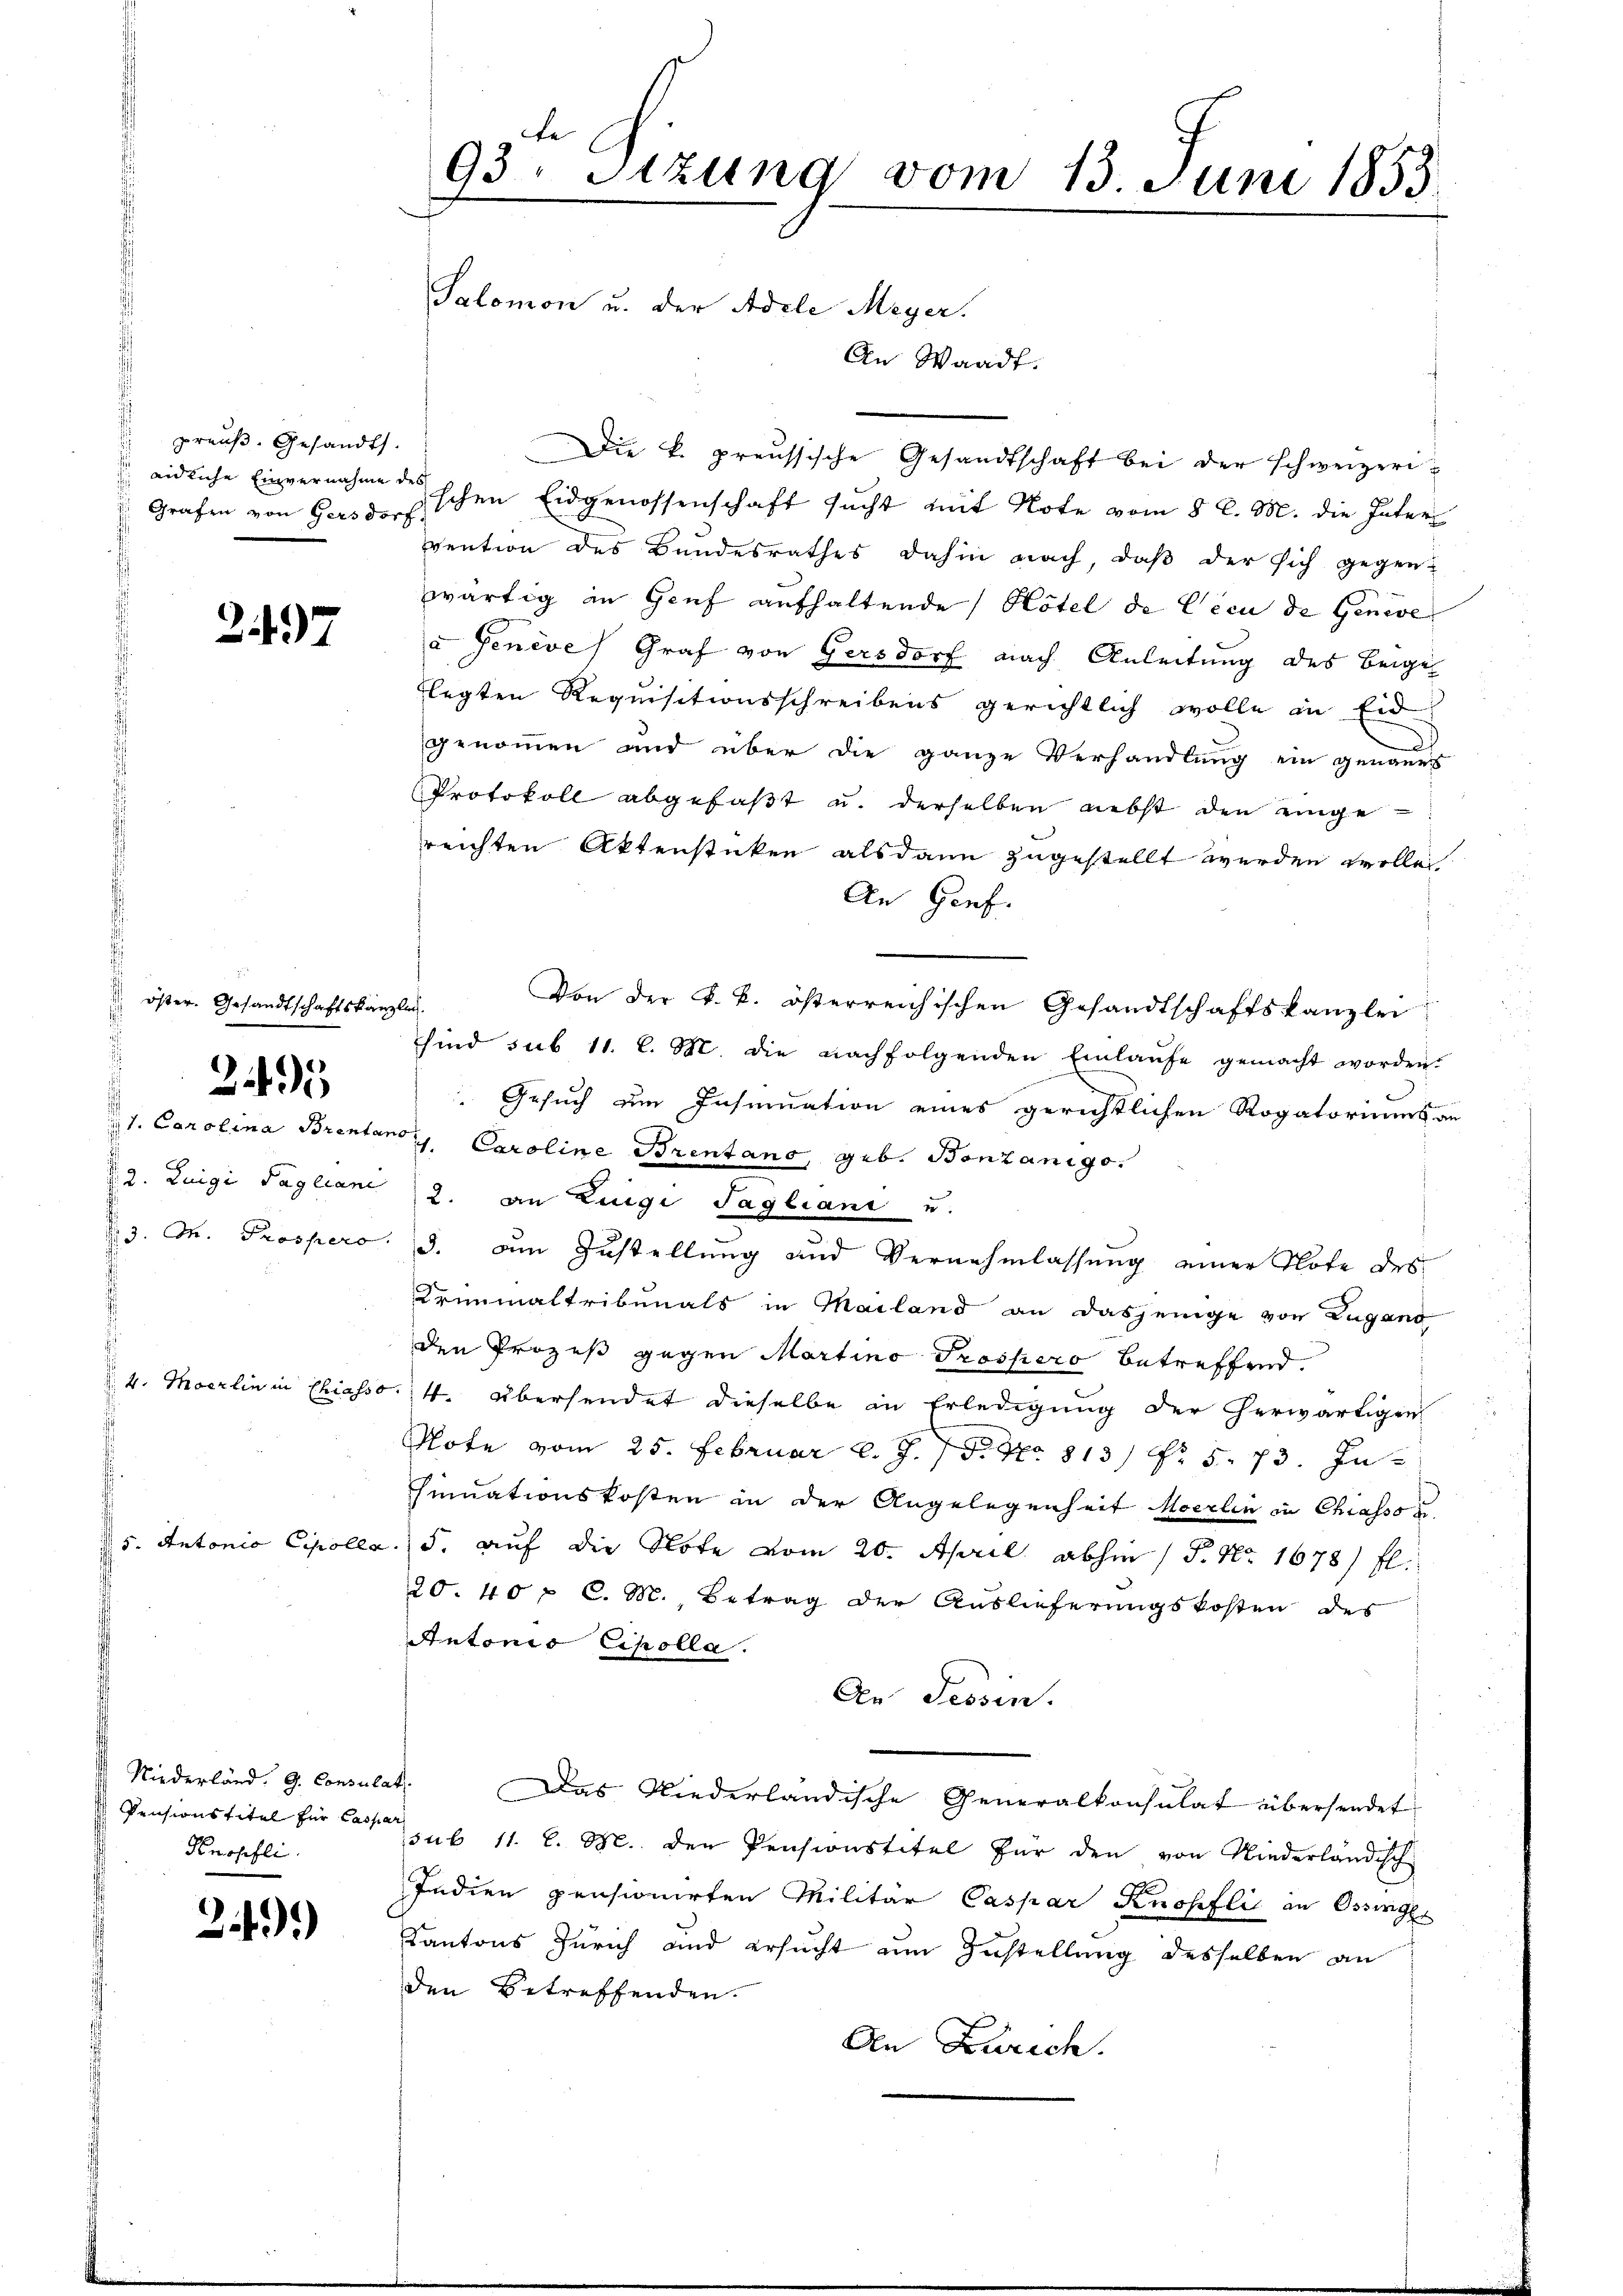
preuß. Gesandt.
 Grafen von Gersdorf,

2497

öster. Gesandtschaftskanzlich

3495

Niederland. G. Consulat
Knopfli

24).

Die k. preussische Gesandtschaft bei der schweizerieidliche Einvernahme deschen Eidgenossenschaft sucht mit Note vom 8 l. M. die Inter
vention des Bundesrathes dahin nach, daß der sich gegen-
wärtig in Genf aufhaltende Hotel de lieu de Geneve
a Genève Graf von Gersdorf nach Anleitung des beigel
flegten Requisitionsschreibens gerichtlich wolle in Eid
genommen und über die ganze Verhandlung ein genaues
Protokoll abgefaßt u. derselben nebst den eingereichten Aktenstücken alsdann zugestellt werden wolle,
An Genf.
Von der k. k. österreichischen Gesandtschaftskanzlei
sind sub 11. l. M. die nachfolgenden Einlaŭfe gemacht worden.
Gesuch um Insinuation eines gerichtlichen Rogatoriums an
1. Carolina Brentarsi Caroline Brentano, geb. Bonzanigo.
§. 2. Luigi Tagliane 2. an Luigi Tagliani u.
3. M. Prospero. 3. Den Zustellung und Vernehmlassung einer Note des
Krinmaltribunals in Mailand an dasjenige von Lugano
den Prozeß gegen Martino Troshero betreffend.
4. Maerlin in Chiasso. 14. Übersendet dieselbe in Erledigung der herwärtigen
Note vom 25. Februar l. J. 18. No. 813 Fr. 5. 73. In
sinuationskosten in der Angelegenheit Moerlin in Chiasso s
5. Antonio Cipolla. 5. auf die Note vom 20. April abhin (S. Nr. 1678 fl.
20. 40 f C. M. Betrag der Auslieferungskosten des
Antonio Cipolla.
An Tessin.
Das Niederländische Generalkonsulat übersendet
Pensionstitel für Cab 11. l. M. den Pensionstitel für den von Niederländisch
Indien pensionirten Militar Caspar Knopflić in Ossinges
Kantons Zürich und ersucht um Zustellung desselben an
den Betreffenden.
An Zürich.

93. Sitzung vom 13. Juni 1853
Salomon u. der Adele Meyer.
An Waadt.